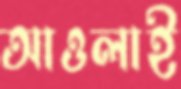
আওলাই